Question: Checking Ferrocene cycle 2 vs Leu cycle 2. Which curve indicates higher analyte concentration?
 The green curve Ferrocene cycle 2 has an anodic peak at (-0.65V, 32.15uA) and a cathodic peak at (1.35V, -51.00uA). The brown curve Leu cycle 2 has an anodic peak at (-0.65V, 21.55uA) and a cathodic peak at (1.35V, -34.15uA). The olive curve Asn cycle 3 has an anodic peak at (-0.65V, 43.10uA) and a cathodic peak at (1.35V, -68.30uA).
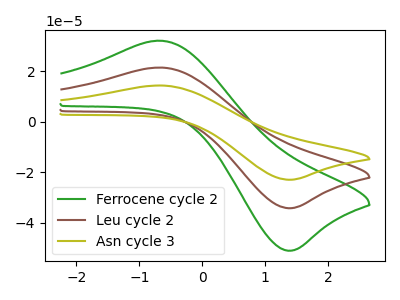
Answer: <think>All the peaks in "Ferrocene cycle 2" have a peak in "Leu cycle 2" at the same potential. Every peak in "Ferrocene cycle 2" is higher than every peak in "Leu cycle 2".
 </think>
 <answer>"Ferrocene cycle 2" has more signal than "Leu cycle 2" and so likely has a higher concentration.</answer>
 <eval>more_concentration</eval>